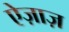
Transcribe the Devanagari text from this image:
ऐज़ाज़